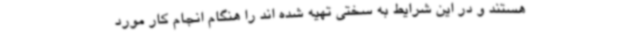
هستند و در این شرایط به سختی تهیه شده اند را هنگام انجام کار مورد